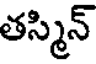
తస్మిన్